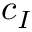
c _ { I }